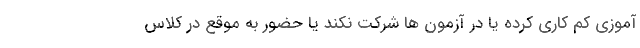
آموزی کم کاری کرده یا در آزمون ها شرکت نکند یا حضور به موقع در کلاس